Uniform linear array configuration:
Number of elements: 4
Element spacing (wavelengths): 1
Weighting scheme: exponential
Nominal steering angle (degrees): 60
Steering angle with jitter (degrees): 60.648
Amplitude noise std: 0.05
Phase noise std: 0.05

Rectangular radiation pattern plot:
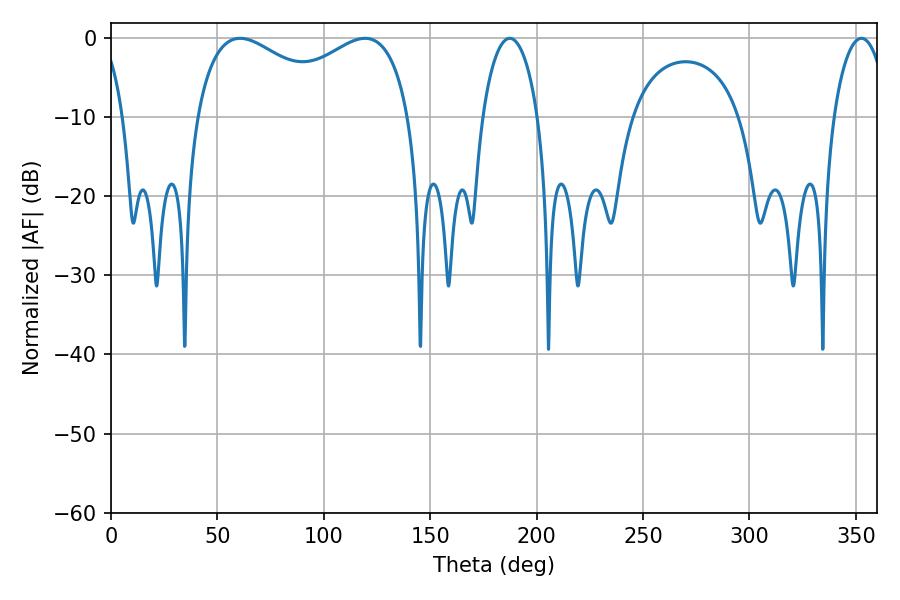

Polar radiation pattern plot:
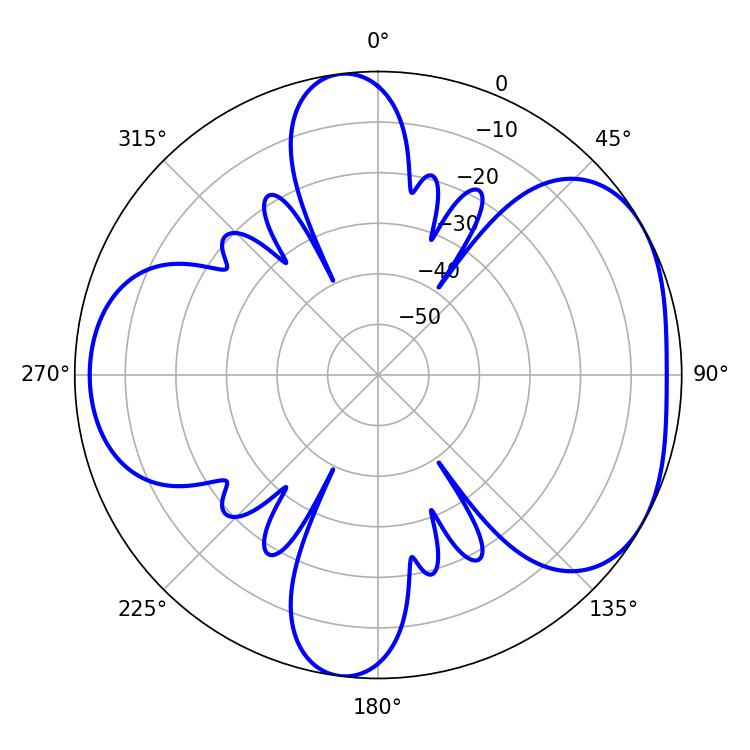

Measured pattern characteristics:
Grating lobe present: TRUE
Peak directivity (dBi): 4.726
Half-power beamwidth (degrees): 14.76
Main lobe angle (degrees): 187.38